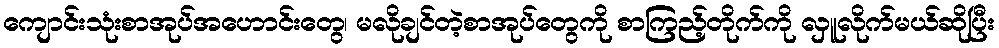
ကျောင်းသုံးစာအုပ်အဟောင်းတွေ၊ မလိုချင်တဲ့စာအုပ်တွေကို စာကြည့်တိုက်ကို လှူလိုက်မယ်ဆိုပြီး